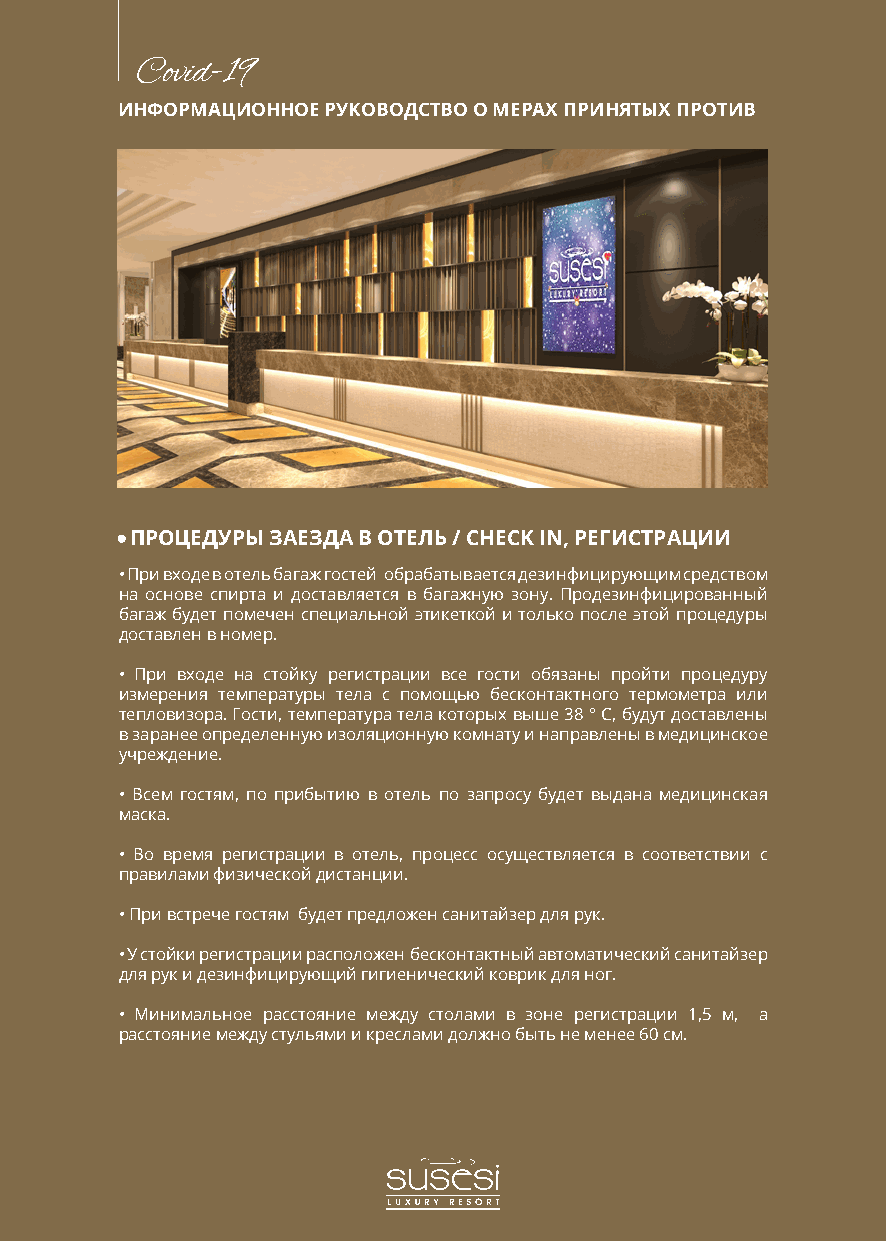
Covid-19
 ИНФОРМАЦИОННОЕ РУКОВОДСТВО О МЕРАХ ПРИНЯТЫХ ПРОТИВ
 ПРОЦЕДУРЫ ЗАЕЗДА В ОТЕЛЬ / CHECK IN, РЕГИСТРАЦИИ
 • При входе в отель багаж гостей обрабатывается дезинфицирующим средством
 на основе спирта и доставляется в багажную зону. Продезинфицированный
 багаж будет помечен специальной этикеткой и только после этой процедуры
 доставлен в номер.
 • При входе на стойку регистрации все гости обязаны пройти процедуру
 измерения температуры тела с помощью бесконтактного термометра или
 тепловизора. Гости, температура тела которых выше 38 ° C, будут доставлены
 в заранее определенную изоляционную комнату и направлены в медицинское
 учреждение.
 • Всем гостям, по прибытию в отель по запросу будет выдана медицинская
 маска.
 • Во время регистрации в отель, процесс осуществляется в соответствии с
 правилами физической дистанции.
 • При встрече гостям будет предложен санитайзер для рук.
 • У стойки регистрации расположен бесконтактный автоматический санитайзер
 для рук и дезинфицирующий гигиенический коврик для ног.
 • Минимальное расстояние между столами в зоне регистрации 1,5 м, а
 расстояние между стульями и креслами должно быть не менее 60 см.